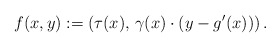
\begin{align*}f ( x , y ) := \left( \tau (x) , \, \gamma (x) \cdot \left( y - g' (x) \right) \right) .\end{align*}